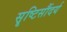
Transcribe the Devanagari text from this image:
सॄष्टिसौंदर्य